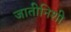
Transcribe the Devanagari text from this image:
जातीनिशी